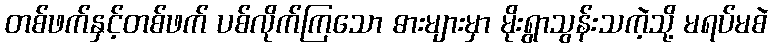
တစ်ဖက်နှင့်တစ်ဖက် ပစ်လိုက်ကြသော ဓားများမှာ မိုးရွာသွန်းသကဲ့သို့ မရပ်မစဲ